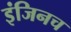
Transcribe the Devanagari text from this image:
इंजिनच